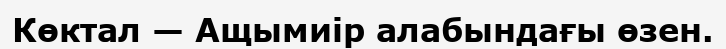
Көктал — Ащымиір алабындағы өзен.